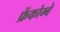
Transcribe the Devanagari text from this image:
फ्रेंकोम्बे